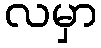
လမှာ